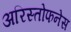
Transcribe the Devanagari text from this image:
अरिस्तोफनेस